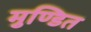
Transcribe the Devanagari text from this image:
मुण्डित